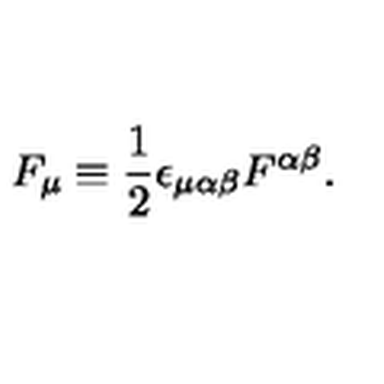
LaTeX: F _ { \mu } \equiv { \frac { 1 } { 2 } } \epsilon _ { \mu \alpha \beta } F ^ { \alpha \beta } .